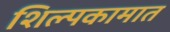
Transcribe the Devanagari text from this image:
शिल्पकामात